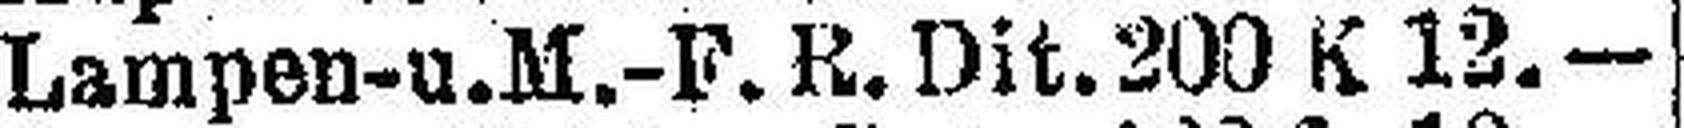
Lampen-u.M.-F. R.Dit.200 K 12.—